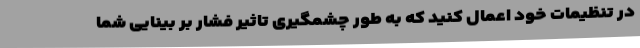
در تنظیمات خود اعمال کنید که به طور چشمگیری تاثیر فشار بر بینایی شما